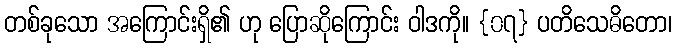
တစ်ခုသော အကြောင်းရှိ၏ ဟု ပြောဆိုကြောင်း ဝါဒကို။ {၀၇} ပတိသေဓိတော၊